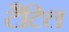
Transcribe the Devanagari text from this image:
टैटिल